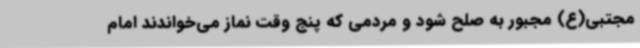
مجتبی(ع) مجبور به صلح شود و مردمی که پنج وقت نماز می‌خواندند امام